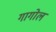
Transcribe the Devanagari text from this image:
गागोल